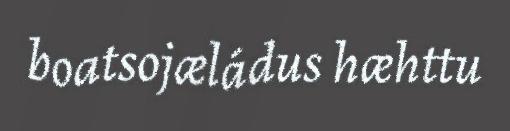
boatsojæládus hæhttu